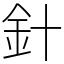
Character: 針